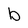
Character: b